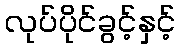
လုပ်ပိုင်ခွင့်နှင့်